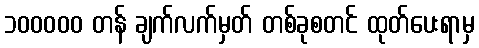
၁၀၀၀၀၀ တန် ချက်လက်မှတ် တစ်ခုစတင် ထုတ်ပေးရာမှ